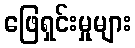
ဖြေရှင်းမှုများ